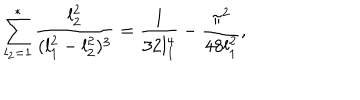
LaTeX: \sum _ { l _ { 2 } = 1 } ^ { * } { \frac { l _ { 2 } ^ { 2 } } { ( l _ { 1 } ^ { 2 } - l _ { 2 } ^ { 2 } ) ^ { 3 } } } = { \frac { 1 } { 3 2 l _ { 1 } ^ { 4 } } } - { \frac { \pi ^ { 2 } } { 4 8 l _ { 1 } ^ { 2 } } } ,